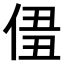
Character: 𠊣